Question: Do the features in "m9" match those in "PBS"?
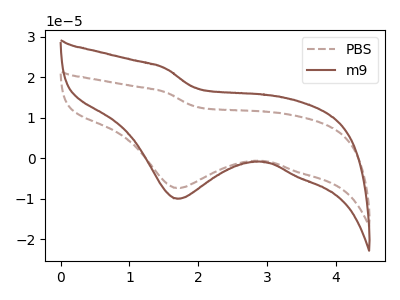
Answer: <think>The brown dashed curve "PBS" has a cathodic peak at: (1.70V, -7.30uA). The brown curve "m9" has a cathodic peak at: (1.70V, -9.95uA).
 All the peaks in "m9" have a peak in "PBS" at the same potential. Every peak in "m9" is higher than every peak in "PBS".</think>
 <answer>"m9" and "PBS" are similar in shape.</answer>
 <eval>same_shape</eval>